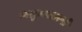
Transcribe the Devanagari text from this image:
मश्रुमसारखे